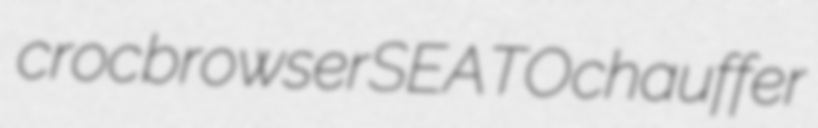
croc browser SEATO chauffer